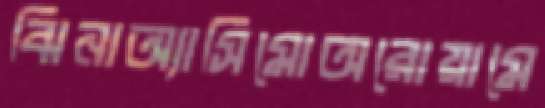
ঝিনাঅ্যাসিমোঅরোয়ামে